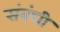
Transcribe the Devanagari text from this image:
संबंघी